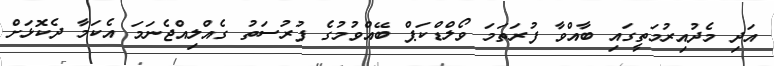
އަދި މެދުއިރުމަތީގައި ބާއްވާ ފުރަތަމަ ވޯލްޑްކަޕް ބޭއްވުމުގެ ފުރުސަތު ގެއްލިއްޖެނަމަ އެކަމާ ދެކޮޅަށް